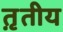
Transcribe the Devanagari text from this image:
त़ृतीय